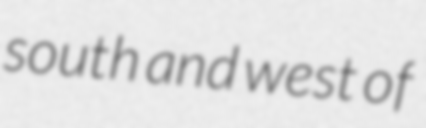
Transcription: south and west of